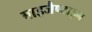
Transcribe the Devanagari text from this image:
बाइजैण्टाइन